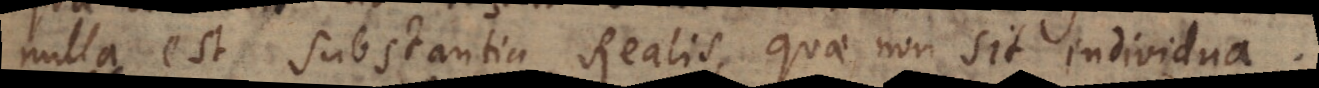
nulla est Substantia Realis, quae non sit individua.